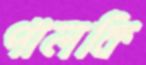
পালকি